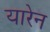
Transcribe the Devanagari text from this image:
यारेन